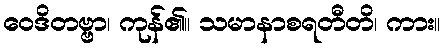
ဝေဒိတဗ္ဗာ၊ ကုန်၏။ သမာနာစရတီတိ၊ ကား။